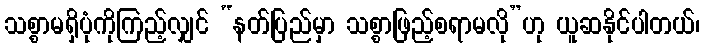
သစ္စာမရှိပုံကိုကြည့်လျှင် “နတ်ပြည်မှာ သစ္စာဖြည့်စရာမလို”ဟု ယူဆနိုင်ပါတယ်၊